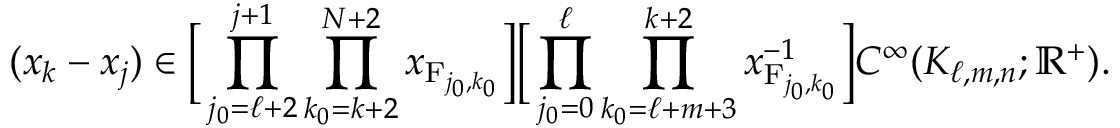
( x _ { k } - x _ { j } ) \in \Big [ \prod _ { j _ { 0 } = \ell + 2 } ^ { j + 1 } \prod _ { k _ { 0 } = k + 2 } ^ { N + 2 } x _ { \mathrm { F } _ { j _ { 0 } , k _ { 0 } } } \Big ] \Big [ \prod _ { j _ { 0 } = 0 } ^ { \ell } \prod _ { k _ { 0 } = \ell + m + 3 } ^ { k + 2 } x _ { \mathrm { F } _ { j _ { 0 } , k _ { 0 } } } ^ { - 1 } \Big ] C ^ { \infty } ( K _ { \ell , m , n } ; \mathbb { R } ^ { + } ) .